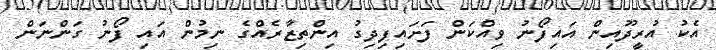
އެކު އުރީދޫއިން އައިފޯނު ވިއްކަން ފަށައިފިދިގު އިންތިޒާރެއްގެ ނިމުން އައި ފޯނު ގަންނަން